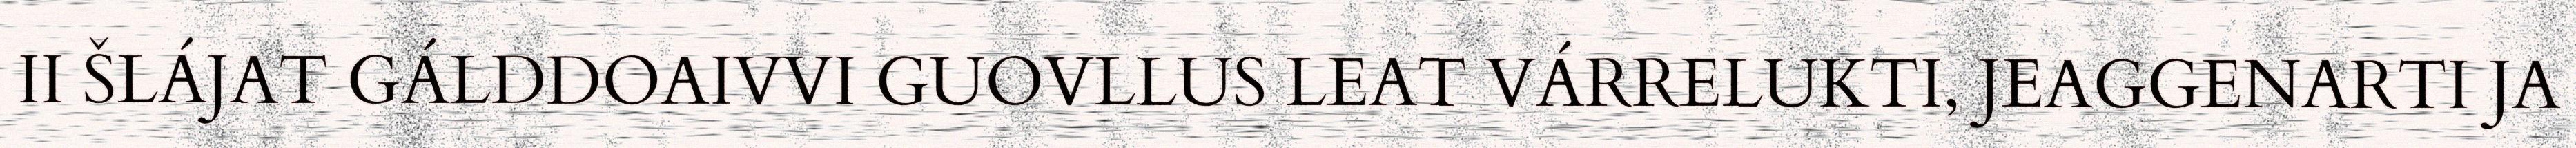
II ŠLÁJAT GÁLDDOAIVVI GUOVLLUS LEAT VÁRRELUKTI, JEAGGENARTI JA